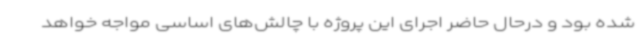
شده بود و درحال حاضر اجرای این پروژه با چالش‌های اساسی مواجه خواهد